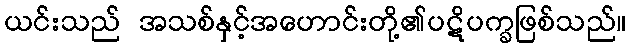
ယင်းသည် အသစ်နှင့်အဟောင်းတို့၏ပဋိပက္ခဖြစ်သည်။